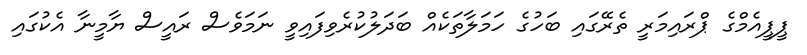
ޕީޕީއެމްގެ ޕްރައިމަރީ ތެރޭގައި ބަހުގެ ހަމަލާތަކެއް ބަދަލުކުރެވިފައިވީ ނަމަވެސް ރައީސް ޔާމީނާ އެކުގައި